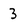
Character: 3